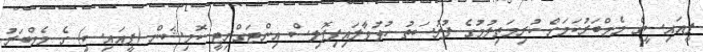
ޕީއައިސީގެ މެމްބަރުކަމަށް ކުރިމަތިލުމުގެ ފުރުސަތު ހުޅުވާލައިފިޕޮލިސް އިންޓަގްރިޓީ ކޮމިޝަން (ޕީއައިސީ) ގެ މެމްބަރު